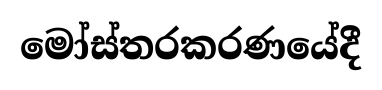
මෝස්තරකරණයේදී